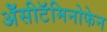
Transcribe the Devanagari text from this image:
ॲेसीटॅमिनोफेन